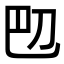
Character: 𫥴